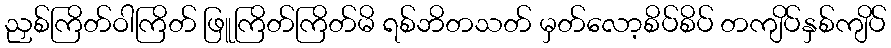
ညှစ်ကြိတ်ဝါကြိတ် ဖြူကြိတ်ကြိတ်မိ ရစ်ဘိတသတ် မှတ်လော့စိပ်စိပ် တကျိပ်နှစ်ကျိပ်